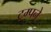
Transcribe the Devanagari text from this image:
ट्रम्पने